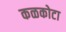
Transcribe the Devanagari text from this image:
कळकोटा